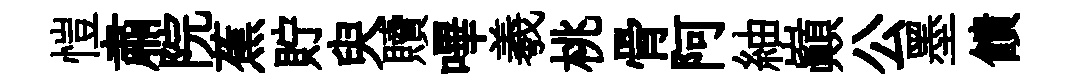
愷肅院蕉貯臾贖嗶羲桃骨阿紬巔公墨饋